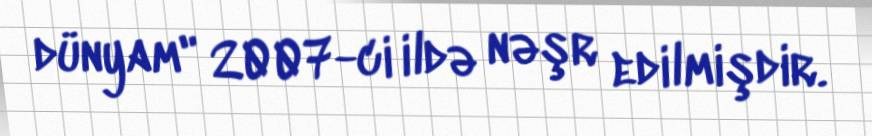
dünyam" 2007-ci ildə nəşr edilmişdir.